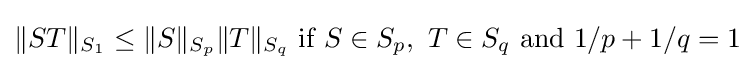
\|ST\|_{S_{1}}\leq \|S\|_{S_{p}}\|T\|_{S_{q}}\ {\mbox{if}}\ S\in S_{p},\ T\in S_{q}{\mbox{  and  }}1/p+1/q=1